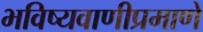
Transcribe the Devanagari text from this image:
भविष्यवाणीप्रमाणे